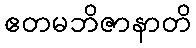
ဧတမဘိဇာနာတိ